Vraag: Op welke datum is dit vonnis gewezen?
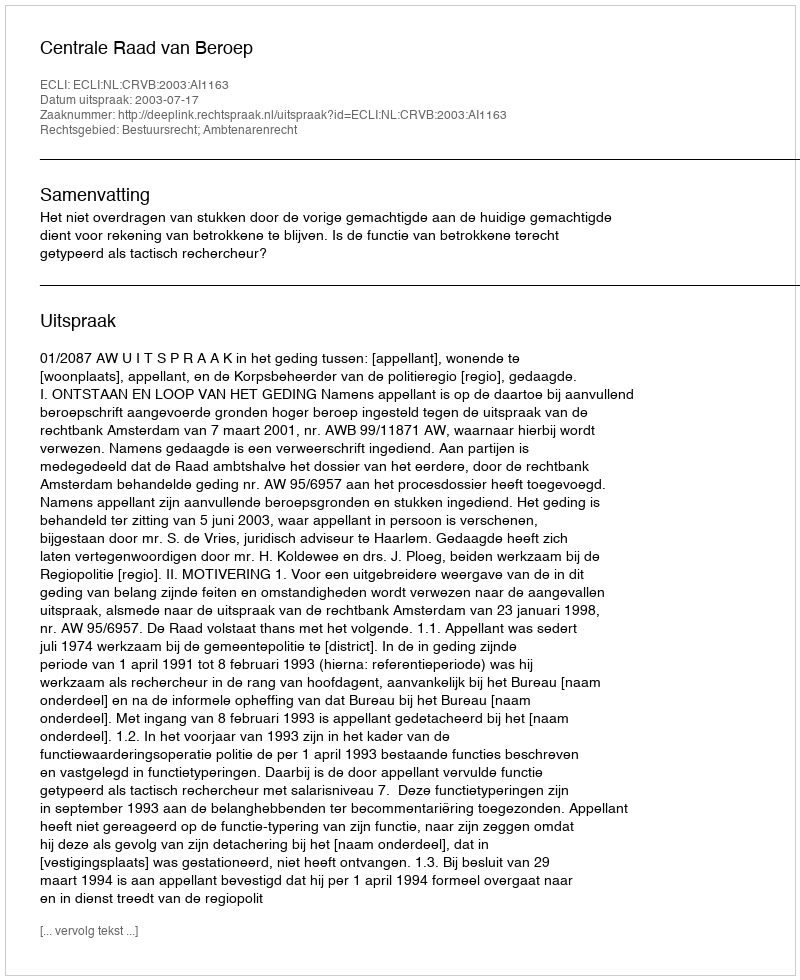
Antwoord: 2003-07-17